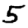
Digit: 5